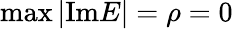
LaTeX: \operatorname*{max}|\mathrm{Im}E|=\rho=0